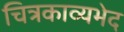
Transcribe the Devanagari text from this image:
चित्रकाव्यभेद